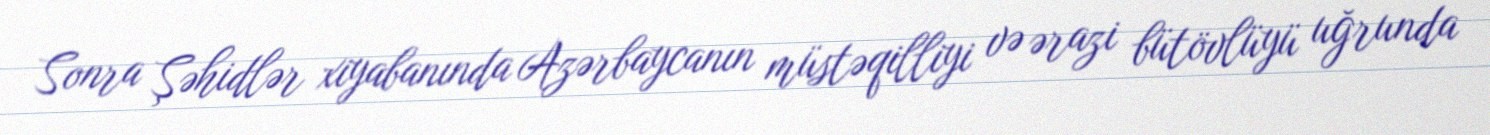
Sonra Şəhidlər xiyabanında Azərbaycanın müstəqilliyi və ərazi bütövlüyü uğrunda